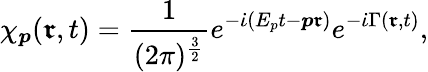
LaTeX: \chi_{\boldsymbol{p}}(\boldsymbol{\mathfrak{r}},t)=\frac{{1}}{{(2\pi)^{\frac{{3}}{{2}}}}}e^{-\dot{{\iota}}(E_{p}t-\boldsymbol{p\mathfrak{r}})}e^{-\dot{{\iota}}\Gamma(\boldsymbol{\mathfrak{r}},t)},